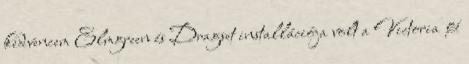
kedvencem Elmgreen és Dragset installációja volt a Victoria &